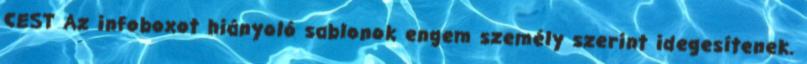
CEST Az infoboxot hiányoló sablonok engem személy szerint idegesítenek.